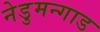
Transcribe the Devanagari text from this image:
नेडुमन्गाड